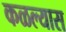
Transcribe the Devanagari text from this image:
कळल्यास